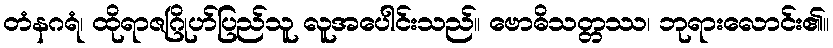
တံနဂရံ၊ ထိုရာဇဂြိုဟ်ပြည်သူ လူအပေါင်းသည်။ ဗောဓိသတ္တဿ၊ ဘုရားလောင်း၏။